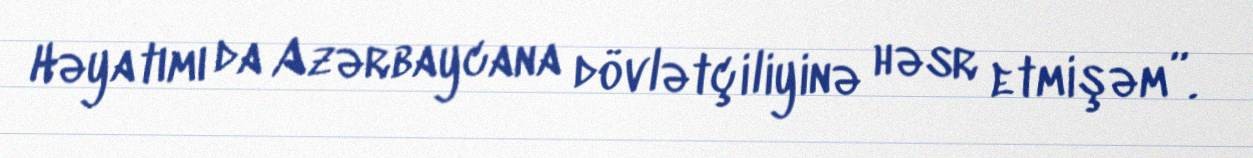
Həyatımı da Azərbaycana dövlətçiliyinə həsr etmişəm”.